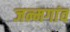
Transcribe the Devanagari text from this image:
जन्मगांव